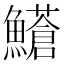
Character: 𩼺